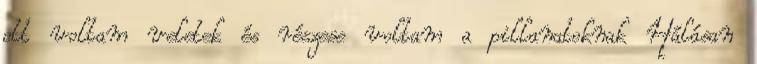
ott voltam veletek és részese voltam a pillanatoknak Hálásan